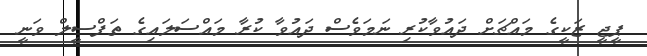
ޕީޖީ ޒަކީގެ މައްޗަށް ދައުވާކުރި ނަމަވެސް ދައުވާ ކުރާ މައްސަލައިގެ ތަފްސީލް ވަނީ